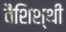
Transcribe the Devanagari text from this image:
वैशिश्थी